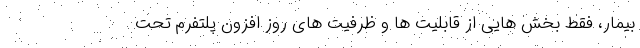
بیمار، فقط بخش هایی از قابلیت ها و ظرفیت های روز افزون پلتفرم تحت